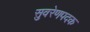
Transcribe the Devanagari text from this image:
सुवरेणपदक